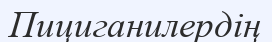
Пициганилердің